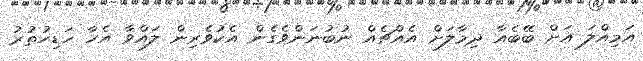
އަމިއްލަ އަށް ބޭބެއާ ދިމާލަށް އެއްޗެއް ނުބުނަންވެގެން އެކުވެރިން ލައްވާ އެހާ ހަޑިހުތުރު